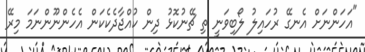
"އަހަންނަށް އެނގޭ ރުހައިލު ލޯބިވަނީ ތި ޗޭނުކޮޅު ދިން ކުއްޖާދެކެކަން އެހެންނޫންނަމަ މިރޭ